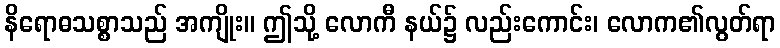
နိရောဓသစ္စာသည် အကျိုး။ ဤသို့ လောကီ နယ်၌ လည်းကောင်း၊ လောက၏လွတ်ရာ